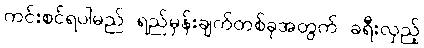
ကင်းစင်ရပါမည် ရည်မှန်းချက်တစ်ခုအတွက် ခရီးလှည့်